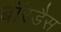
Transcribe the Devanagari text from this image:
बॉरडैस